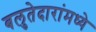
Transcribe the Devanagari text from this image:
बलुतेदारांमध्ये